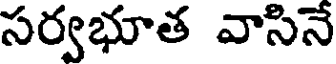
సర్వభూత వాసినే